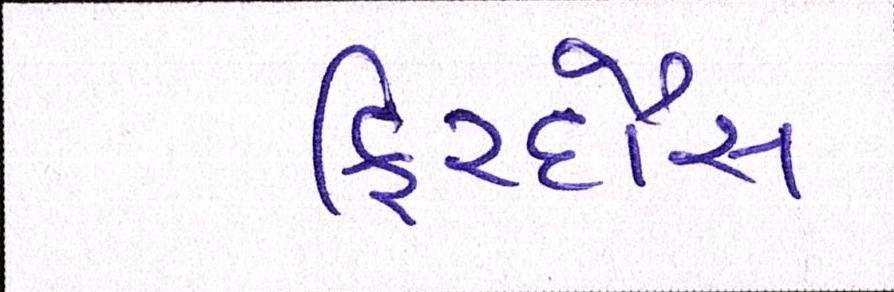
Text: ફિરદૌસ